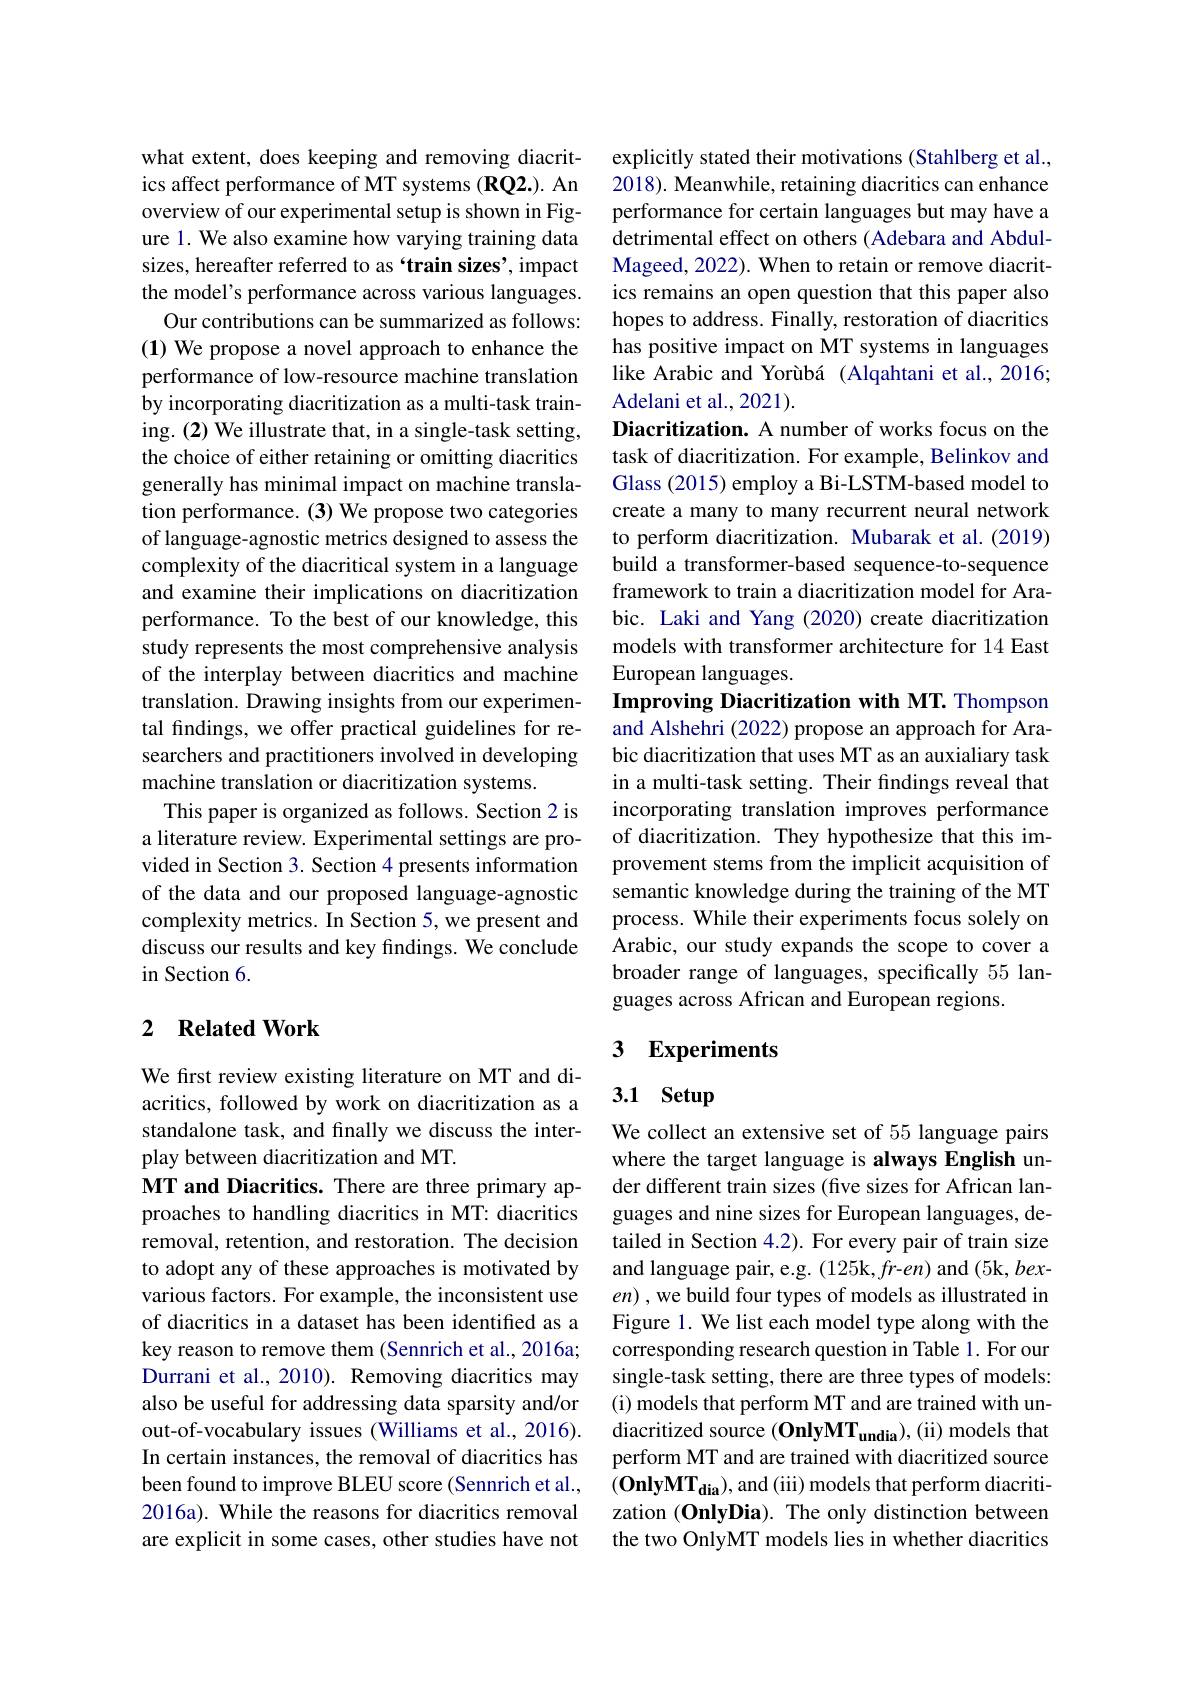
what extent, does keeping and removing diacritics affect performance of MT systems (RQ2.). An overview of our experimental setup is shown in Figure 1. We also examine how varying training data sizes, hereafter referred to as `train sizes', impact the model's performance across various languages.
Our contributions can be summarized as follows: (1) We propose a novel approach to enhance the performance of low-resource machine translation by incorporating diacritization as a multi-task training. (2) We illustrate that, in a single-task setting, the choice of either retaining or omitting diacritics generally has minimal impact on machine translation performance. (3) We propose two categories of language-agnostic metrics designed to assess the complexity of the diacritical system in a language and examine their implications on diacritization performance. To the best of our knowledge, this study represents the most comprehensive analysis of the interplay between diacritics and machine translation. Drawing insights from our experimental findings, we offer practical guidelines for researchers and practitioners involved in developing machine translation or diacritization systems.
This paper is organized as follows. Section 2 is a literature review. Experimental settings are provided in Section 3. Section 4 presents information of the data and our proposed language-agnostic complexity metrics. In Section 5, we present and discuss our results and key findings. We conclude in Section 6.

### 2 $\textbf{Related Work}$

We first review existing literature on MT and diacritics, followed by work on diacritization as a standalone task, and finally we discuss the interplay between diacritization and MT.
MT and Diacritics. There are three primary approaches to handling diacritics in MT: diacritics removal, retention, and restoration. The decision to adopt any of these approaches is motivated by various factors. For example, the inconsistent use of diacritics in a dataset has been identified as a key reason to remove them (Sennrich et al., 2016a; Durrani et al., 2010). Removing diacritics may also be useful for addressing data sparsity and/or out-of-vocabulary issues (Williams et al., 2016). In certain instances, the removal of diacritics has been found to improve BLEU score (Sennrich et al., 2016a). While the reasons for diacritics removal are explicit in some cases, other studies have not

explicitly stated their motivations (Stahlberg et al., 2018). Meanwhile, retaining diacritics can enhance performance for certain languages but may have a detrimental effect on others (Adebara and AbdulMageed, 2022). When to retain or remove diacritics remains an open question that this paper also hopes to address. Finally, restoration of diacritics has positive impact on MT systems in languages like Arabic and Yorùbá (Alqahtani et al., 2016; Adelani et al., 2021).
Diacritization. A number of works focus on the task of diacritization. For example, Belinkov and Glass (2015) employ a Bi-LSTM-based model to create a many to many recurrent neural network to perform diacritization. Mubarak et al.(2019) build a transformer-based sequence-to-sequence framework to train a diacritization model for Arabic. Laki and Yang (2020) create diacritization models with transformer architecture for 14 East European languages.
Improving Diacritization with MT. Thompson and Alshehri (2022) propose an approach for Arabic diacritization that uses MT as an auxialiary task in a multi-task setting. Their fndings reveal that incorporating translation improves performance of diacritization. They hypothesize that this improvement stems from the implicit acquisition of semantic knowledge during the training of the MT process. While their experiments focus solely on Arabic, our study expands the scope to cover a broader range of languages, specifically 55 languages across African and European regions.

## 3 Experiments

# 3.1 Setup

We collect an extensive set of 55 language pairs where the target language is always English under different train sizes (five sizes for African languages and nine sizes for European languages, detailed in Section 4.2). For every pair of train size and language pair, e.g. (125k,fr-en) and (5k, bexen) , we build four types of models as illustrated in Figure 1. We list each model type along with the corresponding research question in Table 1. For our single-task setting, there are three types of models: (i) models that perform MT and are trained with undiacritized source (OnlyMT$_\mathrm{undia}$), (ii) models that perform MT and are trained with diacritized source $(\mathbf{O}\mathbf{n}\mathbf{l}\mathbf{y}\mathbf{M}\mathbf{T}_{\mathbf{d}\mathbf{i}\mathbf{a}})$, and (iii) models that perform diacritization (OnlyDia). The only distinction between the two OnlyMT models lies in whether diacritics